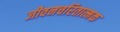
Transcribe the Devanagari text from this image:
जीवनचरितात्मक